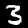
Digit: 3